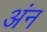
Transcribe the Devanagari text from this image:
अंन